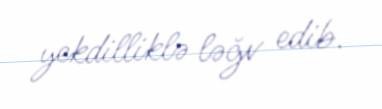
yekdilliklə ləğv edib.